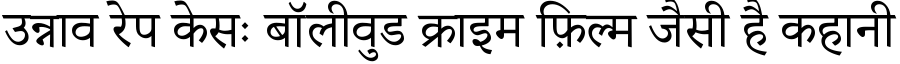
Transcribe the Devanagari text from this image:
उन्नाव रेप केसः बॉलीवुड क्राइम फ़िल्म जैसी है कहानी